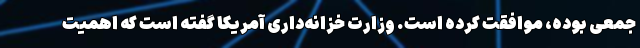
جمعی بوده، موافقت کرده است‌. وزارت خزانه‌داری آمریکا گفته است که اهمیت